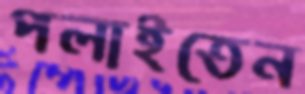
পলাইতেন